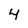
Character: 4